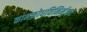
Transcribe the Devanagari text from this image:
कामक्रोधविनिर्मुक्ताः